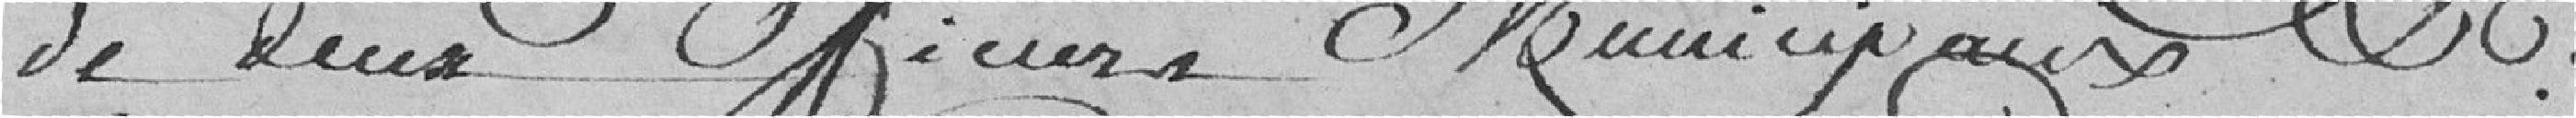
de deux officiers municipaux.